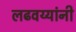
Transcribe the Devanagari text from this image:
लढवय्यांनी